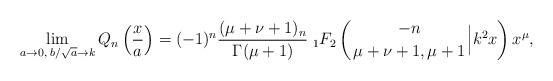
LaTeX: \begin{align*}\lim_{a \to 0, \; b/\sqrt{a} \to k}Q_n\left(\frac{x}{a}\right)=(-1)^n\frac{(\mu+\nu+1)_n}{\Gamma(\mu+1)} {\; }_1 F_2 \left({ -n \atop \mu+\nu+1, \mu+1} \Big{|} k^2x \right)x^\mu,\end{align*}